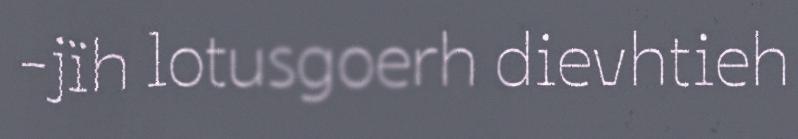
-jïh lotusgoerh dievhtieh